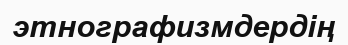
этнографизмдердің